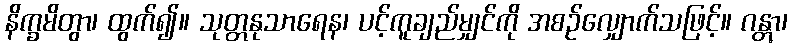
နိက္ခမိတွာ၊ ထွက်၍။ သုတ္တနုသာရေန၊ ပင့်ကူချည်မျှင်ကို အစဉ်လျှောက်သဖြင့်။ ဂန္တွာ၊